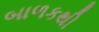
બાળકથી